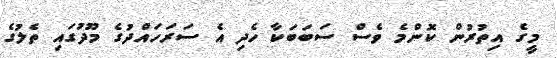
މީގެ އިތުރުން ކޮންމެ ވެސް ސަބަބަކާ ހެދި އެ ސަރަހައްދުގެ މޫދުގައި ތެލުގެ